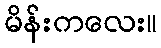
မိန်းကလေး။